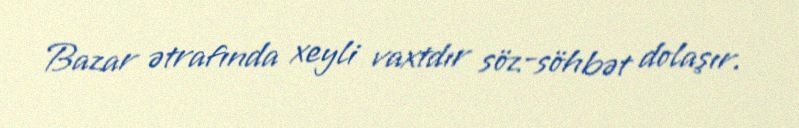
Bazar ətrafında xeyli vaxtdır söz-söhbət dolaşır.